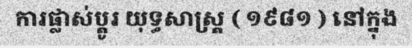
ការផ្លាស់ប្តូរ យុទ្ធសាស្ត្រ ( ១៩៨១ ) នៅក្នុង